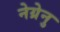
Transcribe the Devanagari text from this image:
नेग्रेनु